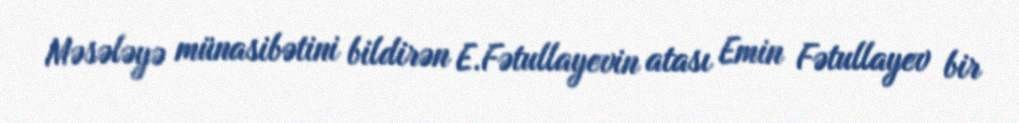
Məsələyə münasibətini bildirən E.Fətullayevin atası Emin Fətullayev bir